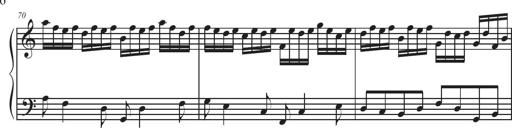
Title: Sonatina Espania
Composer: Jerald Franklin Archer
Key: Various